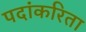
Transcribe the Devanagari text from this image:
पदांकरिता